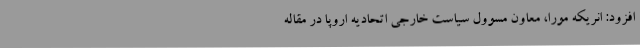
افزود: انریکه مورا، معاون مسوول سیاست خارجی اتحادیه اروپا در مقاله